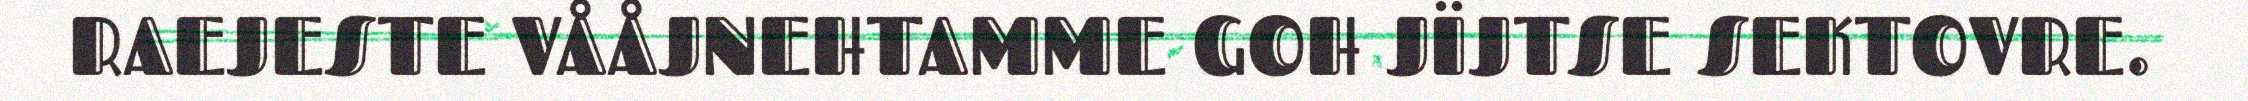
RAEJESTE VÅÅJNEHTAMME GOH JÏJTSE SEKTOVRE.